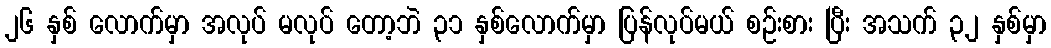
၂၆ နှစ် လောက်မှာ အလုပ် မလုပ် တော့ဘဲ ၃၁ နှစ်လောက်မှာ ပြန်လုပ်မယ် စဉ်းစား ပြီး အသက် ၃၂ နှစ်မှာ